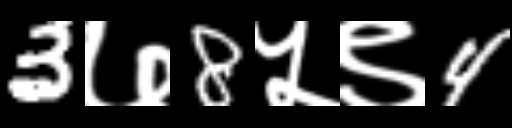
Text: 3७8५९4